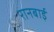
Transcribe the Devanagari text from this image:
रानबाई